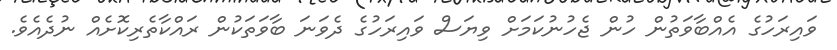
ވައިރަހުގެ އެއްބާވަތުން ހުން ޖެހުނުކަމަށް ވިޔަސް ވައިރަހުގެ ދެވަނަ ބާވަތަކުން ރައްކާތެރިކޮށެއް ނުދެއެވެ.